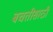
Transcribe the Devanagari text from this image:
बचतीसाठी